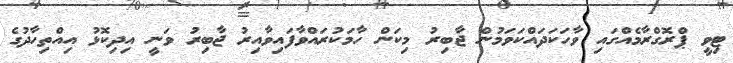
ޓިވީ ޕްރޮގްރާމެއްގައި ވާހަކަދައްކަވަމުން ޖާބިރު މިކަން ހާމަކުރައްވާފައިވާއިރު ޖާބިރު ވަނީ އިދިކޮޅު އިއްތިހާދުގެ